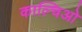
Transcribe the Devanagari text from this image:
काल्चिओ